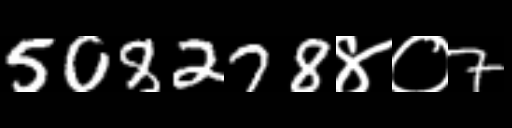
Text: 508278४०7